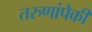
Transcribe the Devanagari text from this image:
तरुणांपैकी